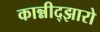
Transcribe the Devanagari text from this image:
कान्नीद्झारो